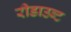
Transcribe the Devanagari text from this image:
रीडाउब्ट